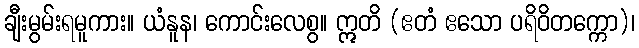
ချီးမွမ်းရမူကား။ ယံနူန၊ ကောင်းလေစွ။ ဣတိ (ဧတံ ဧသော ပရိဝိတက္ကော)၊